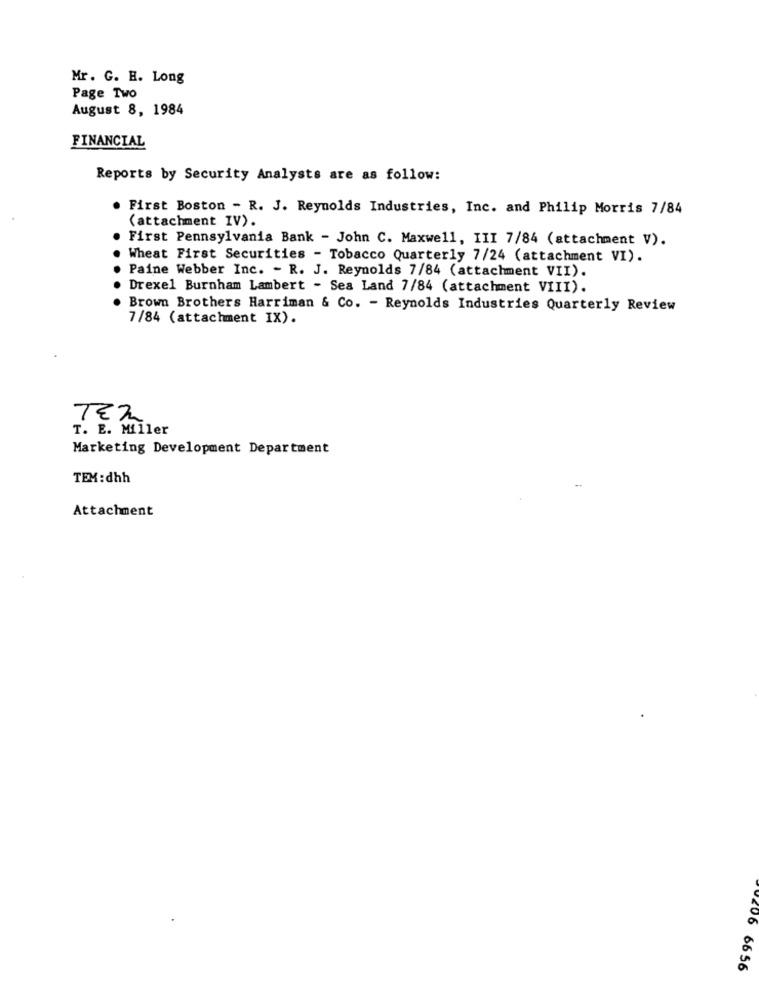
Mr. G. H. Long
Page Two
August 8, 1984
FINANCIAL
Reports by Security Analysts are as follow:
. First Boston - R. J. Reynolds Industries, Inc. and Philip Morris 7/84
(attachment IV).
First Pennsylvania Bank - John C. Maxwell, III 7/84 (attachment V).
Wheat First Securities - Tobacco Quarterly 7/24 (attachment VI).
Paine Webber Inc. - R. J. Reynolds 7/84 (attachment VII).
Drexel Burnham Lambert - Sea Land 7/84 (attachment VIII).
Brown Brothers Harriman & Co. - Reynolds Industries Quarterly Review
7/84 (attachment IX).
TEL
T. E. Miller
Marketing Development Department
TEM :dhh
Attachment
0206 6656